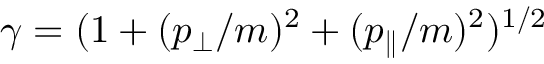
\gamma = ( 1 + ( p _ { \perp } / m ) ^ { 2 } + ( p _ { \parallel } / m ) ^ { 2 } ) ^ { 1 / 2 }